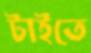
টাইতে